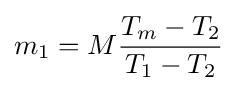
m_{1}=M{\frac {T_{m}-T_{2}}{T_{1}-T_{2}}}